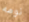
نومه